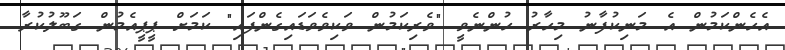
އެހެންކަމުން އެ މަނިކުފާނު މިހާރު ހުންނެވީ "ވެރިކަމުން ވަކިވެވަޑައިގެންފައި" ކަމަށް ޕީޕީއެމުން ގަބޫލުކުރާ